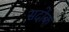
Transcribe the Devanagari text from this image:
सदोक